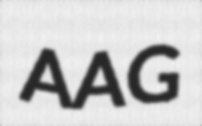
AAG